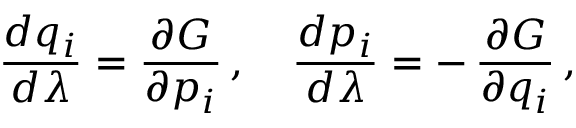
{ \frac { d q _ { i } } { d \lambda } } = { \frac { \partial G } { \partial p _ { i } } } \, , \quad { \frac { d p _ { i } } { d \lambda } } = - \, { \frac { \partial G } { \partial q _ { i } } } \, ,